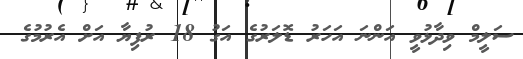
ސަލީމް ވިދާޅުވީ އަންނަ އަހަރު ޑޮލަރުގެ އަގު 18 ރުފިޔާ އަށް އެރުމުގެ